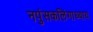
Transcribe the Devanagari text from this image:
नपुंसकलिंगाध्याय